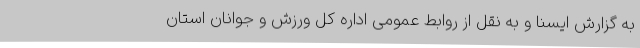
به گزارش ایسنا و به نقل از روابط عمومی اداره کل ورزش و جوانان استان